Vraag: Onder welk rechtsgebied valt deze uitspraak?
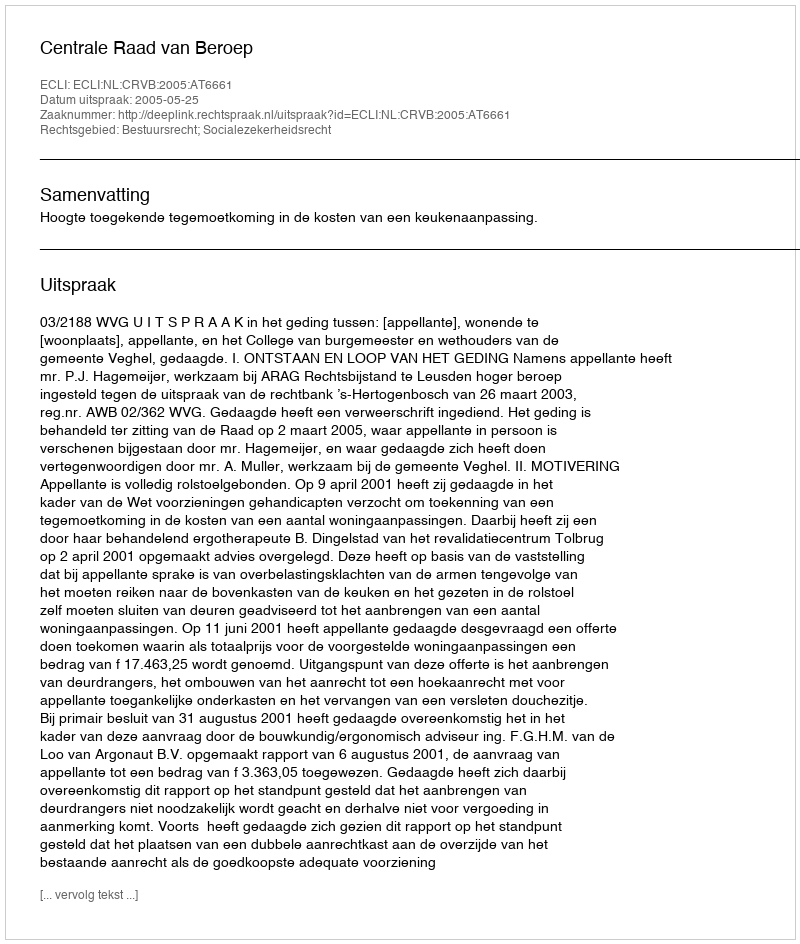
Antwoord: Bestuursrecht; Socialezekerheidsrecht